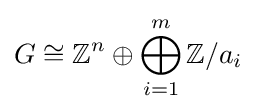
G\cong \mathbb {Z} ^{n}\oplus \bigoplus _{i=1}^{m}\mathbb {Z} /a_{i}